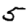
Digit: 5